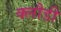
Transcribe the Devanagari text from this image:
क्लौडी